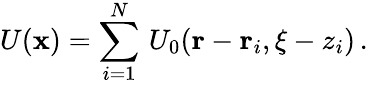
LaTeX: U({\mathbf x})=\sum_{i=1}^{N}\, U_{0}({\mathbf r}-{\mathbf r}_{i},\xi-z_{i})\, .